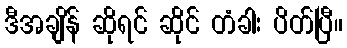
ဒီအချိန် ဆိုရင် ဆိုင် တံခါး ပိတ်ပြီ။